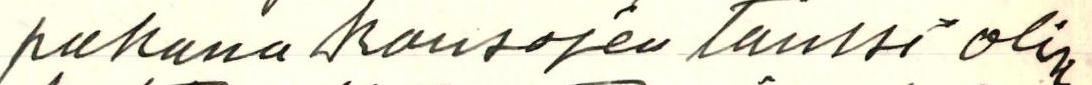
pakana kansojen Tanssi olisi